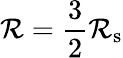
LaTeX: \mathcal{R}={\frac{{3}}{{2}}}\mathcal{R}_{\mathrm{{{s}}}}